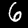
Label: 6